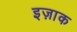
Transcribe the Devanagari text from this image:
इज़ाक